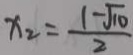
x _ { 2 } = \frac { 1 - \sqrt { 1 0 } } { 2 }